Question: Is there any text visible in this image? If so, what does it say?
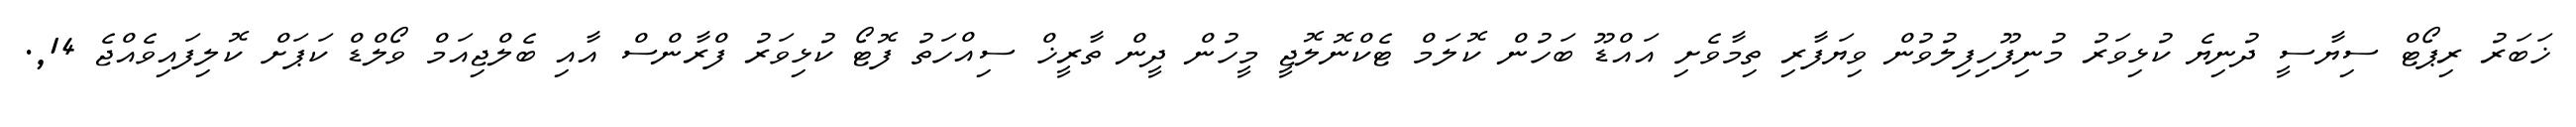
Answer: ޚަބަރު ރިޕޯޓް ސިޔާސީ ދުނިޔެ ކުޅިވަރު މުނިފޫހިފިލުވުން ވިޔަފާރި ތިމާވެށި އައްޑޫ ބަހުން ކޮލަމް ޓެކްނޮލޮޖީ މީހުން ދީން ތާރީޚް ސިއްހަތު ފޮޓޯ ކުޅިވަރު ފްރާންސް އާއި ބެލްޖިއަމް ވޯލްޑް ކަޕަށް ކޮލިފައިވެއްޖެ 14,.